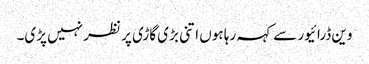
وین ڈرائیور سے کہہ رہا ہوں اتنی بڑی گاڑی پر نظر نہیں پڑی۔